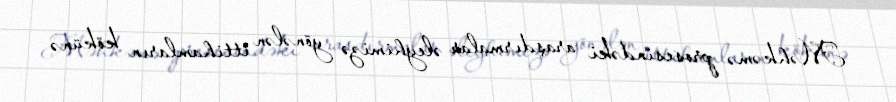
Məhkəmə prosesindəki araşdırmalar əleyhimizə yönələn ittihamların kökünə